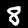
Digit: 8